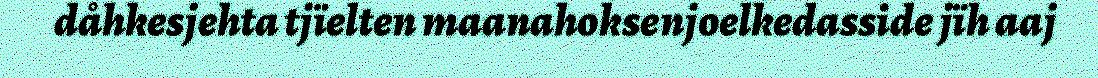
dåhkesjehta tjïelten maanahoksenjoelkedasside jïh aaj